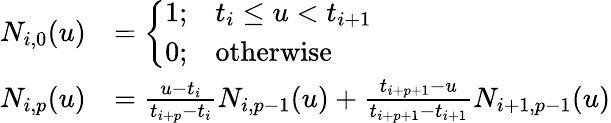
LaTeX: \begin{array}{rl}{N_{i,0}(u)}&{=\left\{ \begin{array}{ll}{1;}&{t_{i}\leq u<t_{i+1}}\\ {0;}&{\mathrm{otherwise}}\end{array}\right.}\\ {N_{i,p}(u)}&{=\frac{u-t_{i}}{t_{i+p}-t_{i}}N_{i,p-1}(u)+\frac{t_{i+p+1}-u}{t_{i+p+1}-t_{i+1}}N_{i+1,p-1}(u)}\end{array}